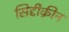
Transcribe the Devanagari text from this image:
सिद्दीक़ीन